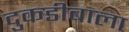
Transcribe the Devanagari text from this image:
दुकडीबाला